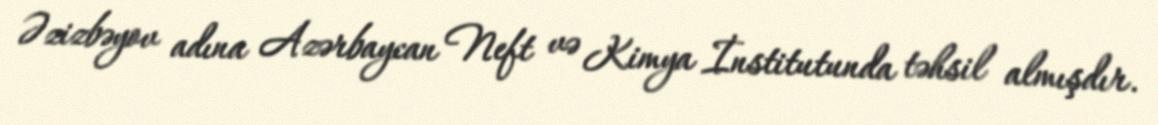
Əzizbəyov adına Azərbaycan Neft və Kimya İnstitutunda təhsil almışdır.